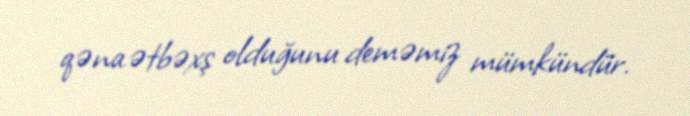
qənaətbəxş olduğunu deməmiz mümkündür.